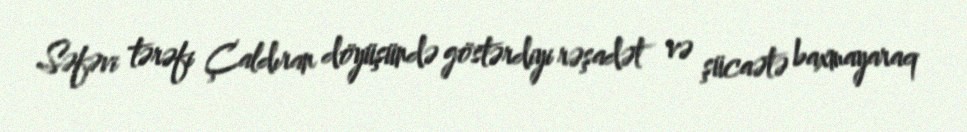
Səfəvi tərəfi Çaldıran döyüşündə göstərdiyi rəşadət və şücaətə baxmayaraq